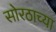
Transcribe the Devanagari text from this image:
सोरठाच्या